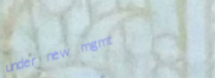
under new mgmt